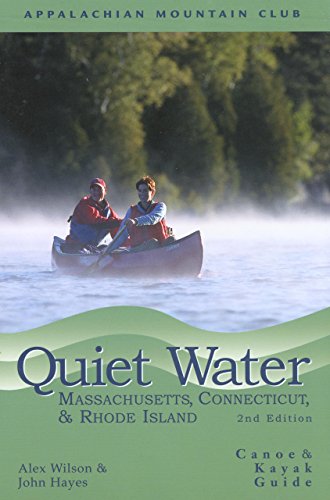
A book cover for Quiet Water Massachusetts, Connecticut, and Rhode Island, 2nd: Canoe and Kayak Guide (AMC Quiet Water Series); John Hayes; Travel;